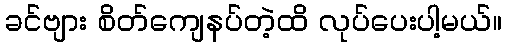
ခင်ဗျား စိတ်ကျေနပ်တဲ့ထိ လုပ်ပေးပါ့မယ်။